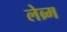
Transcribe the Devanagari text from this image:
लेब्र्म